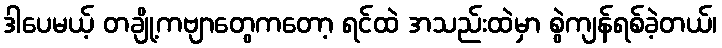
ဒါပေမယ့် တချို့ကဗျာတွေကတော့ ရင်ထဲ အသည်းထဲမှာ စွဲကျန်ရစ်ခဲ့တယ်၊